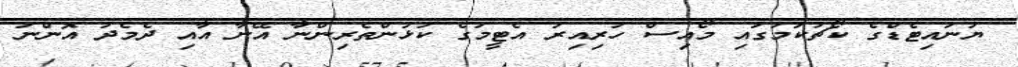
ޔުނައިޓެޑްގެ ކޯޗުކަމުގައި މޯއިސް ހުރިއިރު އެޓީމުގެ ކުޅުންތެރިންނާ އޭނާ އާއި ދެމެދު އޮންނަ